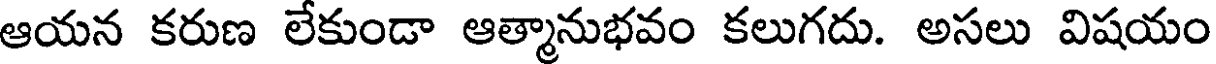
ఆయన కరుణ లేకుండా ఆత్మానుభవం కలుగదు. అసలు విషయం